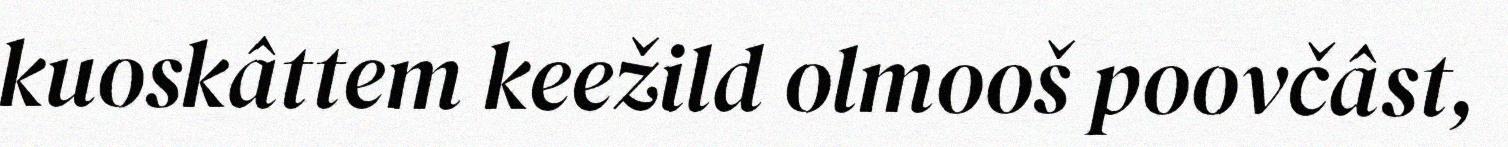
kuoskâttem keežild olmooš poovčâst,